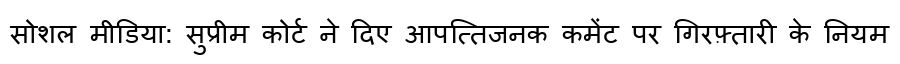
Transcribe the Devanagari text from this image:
सोशल मीडिया: सुप्रीम कोर्ट ने दिए आपत्तिजनक कमेंट पर गिरफ़्तारी के नियम